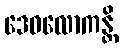
ဒေဝလောကန္တိ